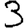
Digit: 3